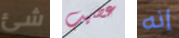
شئ عصيب إنه